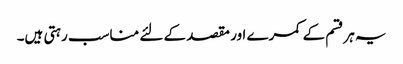
یہ ہرقسم کے کمرے اور مقصد کے لئے مناسب رہتی ہیں۔